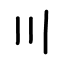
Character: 〣